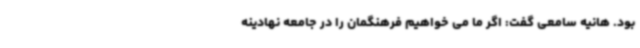
بود. هانیه سامعی گفت: اگر ما می خواهیم فرهنگمان را در جامعه نهادینه